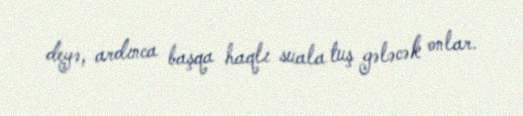
deyə, ardınca başqa haqlı suala tuş gələcək onlar.